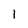
Character: 1